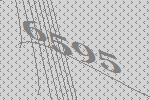
6595